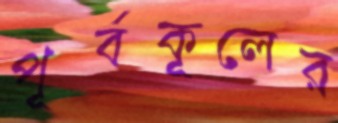
পূর্বকূলের